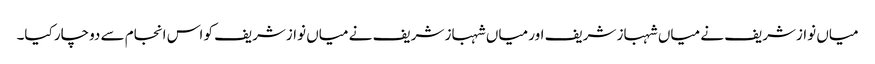
میاں نوازشریف نے میاں شہباز شریف اور میاں شہباز شریف نے میاں نوازشریف کو اس انجام سے دوچار کیا۔